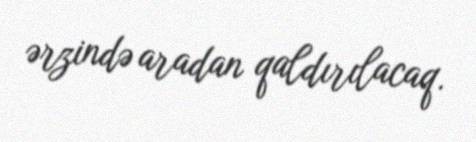
ərzində aradan qaldırılacaq.